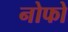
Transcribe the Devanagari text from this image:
नोफो